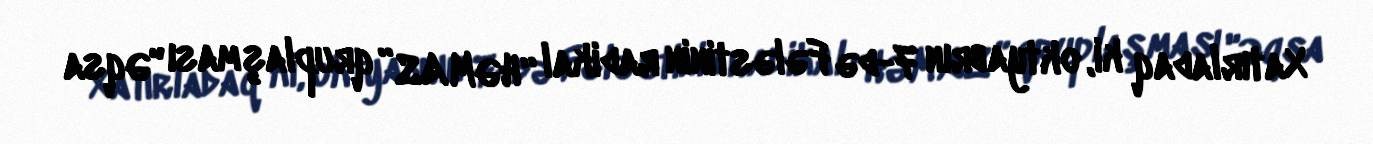
Xatırladaq ki, oktyabrın 7-də Fələstinin radikal “HƏMAS” qruplaşması "Əqsa